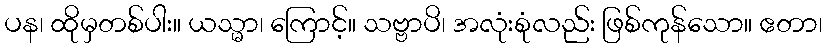
ပန၊ ထိုမှတစ်ပါး။ ယသ္မာ၊ ကြောင့်။ သဗ္ဗာပိ၊ အလုံးစုံလည်း ဖြစ်ကုန်သော။ ဧတာ၊